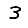
Digit: 3